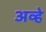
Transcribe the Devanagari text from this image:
अव्हे